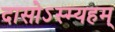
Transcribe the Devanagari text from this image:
दासोऽस्म्यहम्